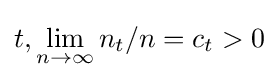
t,\lim _{n\rightarrow \infty }n_{t}/n=c_{t}>0